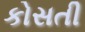
કોસતી